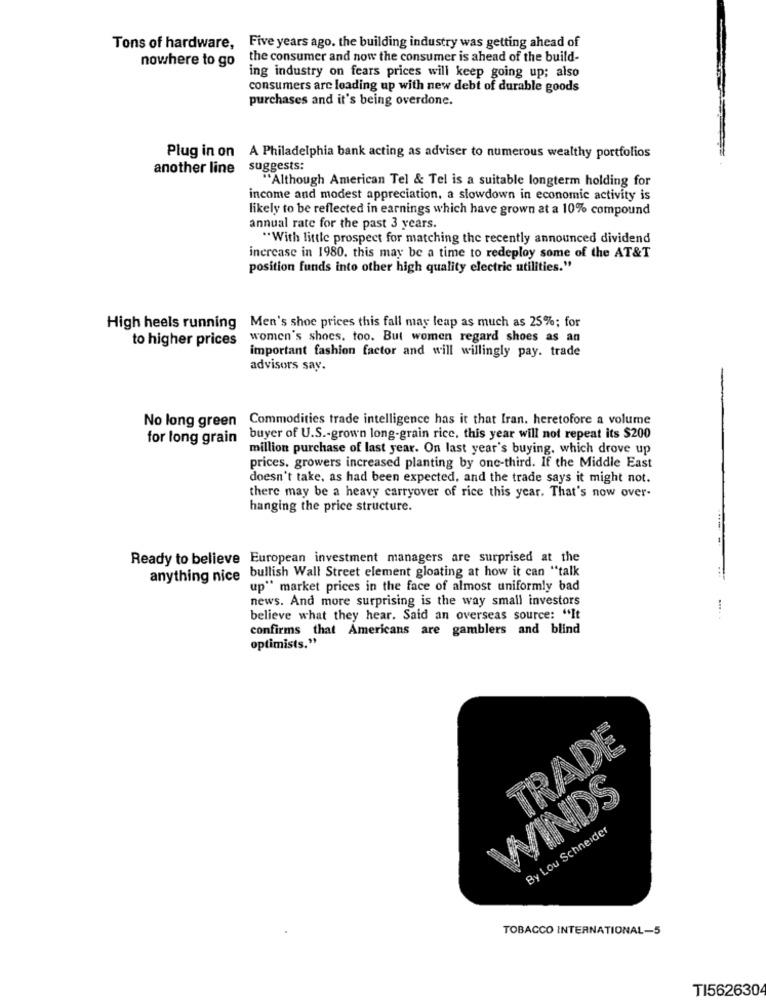
Tons of hardware, Five years ago. the building industry was getting ahead of
nowhere to go
the consumer and now the consumer is ahead of the build-
ing industry on fears prices will keep going up; also
consumers are loading up with new debt of durable goods
purchases and it's being overdone.
Plug in on A Philadelphia bank acting as adviser to numerous wealthy portfolios
another line suggests:
"Although American Tel & Tel is a suitable longterm holding for
income and modest appreciation, a slowdown in economic activity is
likely to be reflected in earnings which have grown at a 10% compound
annual rate for the past 3 years.
"With little prospect for matching the recently announced dividend
increase in 1980. this may be a time to redeploy some of the AT&T
position funds into other high quality electric utilities."
High heels running Men's shoe prices this fall may leap as much as 25%; for
to higher prices women's shoes, too. But women regard shoes as an
important fashion factor and will willingly pay. trade
advisors say.
No long green Commodities trade intelligence has it that Iran. heretofore a volume
for long grain buyer of U.S .- grown long-grain rice, this year will not repeat its $200
million purchase of last year. On last year's buying, which drove up
prices, growers increased planting by one-third. If the Middle East
doesn't take, as had been expected, and the trade says it might not.
there may be a heavy carryover of rice this year. That's now over-
hanging the price structure.
Ready to believe European investment managers are surprised at the
anything nice bullish Wall Street element gloating at how it can "talk
up" market prices in the face of almost uniformly bad
news. And more surprising is the way small investors
....
believe what they hear. Said an overseas source: "It
confirms that Americans are gamblers and blind
optimists."
TRADE
WINDS
By Lou Schneider
TOBACCO INTERNATIONAL-5
TI562630